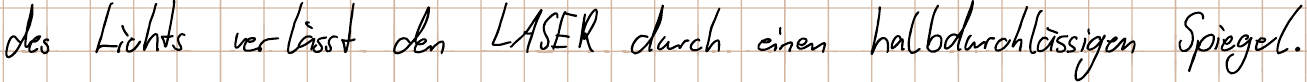
des Lichts verlässt den LASER durch einen halbdurchlässigen Spiegel.